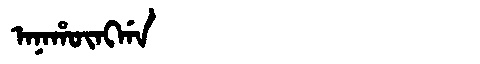
Manchu: ᠠᠨᠠᡥᡡᠩᡤᠠ
Romanization: ANAHŪNGGA